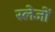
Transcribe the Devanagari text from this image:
स्लेजों